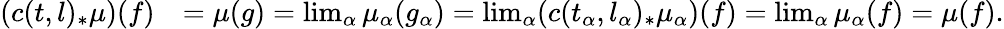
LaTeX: \begin{array}{rl}{(c(t,l)_{*}\mu)(f)}&{=\mu(g)=\operatorname*{lim}_{\alpha}\mu_{\alpha}(g_{\alpha})=\operatorname*{lim}_{\alpha}(c(t_{\alpha},l_{\alpha})_{*}\mu_{\alpha})(f)=\operatorname*{lim}_{\alpha}\mu_{\alpha}(f)=\mu(f).}\end{array}